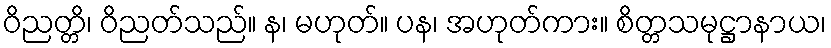
ဝိညတ္တိ၊ ဝိညတ်သည်။ န၊ မဟုတ်။ ပန၊ အဟုတ်ကား။ စိတ္တသမုဋ္ဌာနာယ၊